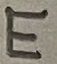
Text: E